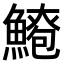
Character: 𫙫